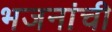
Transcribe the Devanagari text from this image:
भजनांची